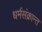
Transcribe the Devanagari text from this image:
धर्मसंक्रान्त